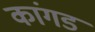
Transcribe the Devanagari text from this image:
कांगड